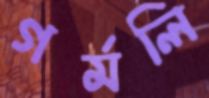
গর্মলি